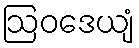
ဩဝဒေယျံ